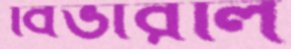
বিভারলি